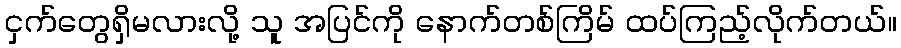
ငှက်တွေရှိမလားလို့ သူ အပြင်ကို နောက်တစ်ကြိမ် ထပ်ကြည့်လိုက်တယ်။